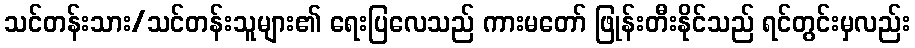
သင်တန်းသား/သင်တန်းသူများ၏ ရေးပြလေသည် ကားမတော် ဖြုန်းတီးနိုင်သည် ရင်တွင်းမှလည်း